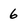
Character: 6